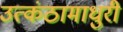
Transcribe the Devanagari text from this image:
उत्कंठामाधुरी